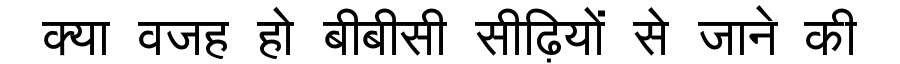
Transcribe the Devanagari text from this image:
क्या वजह हो बीबीसी सीढ़ियों से जाने की